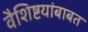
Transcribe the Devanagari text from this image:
वैशिष्टयांबाबत